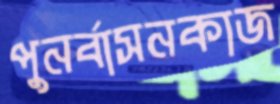
পুনর্বাসনকাজ